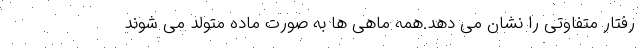
رفتار متفاوتی را نشان می دهد.همه ماهی ها به صورت ماده متولد می شوند